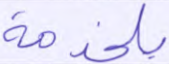
بلخدمة